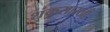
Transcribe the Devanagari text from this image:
शंकूसारखी